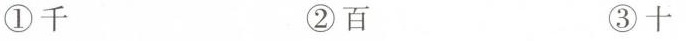
① 千 ② 百 ③ 十